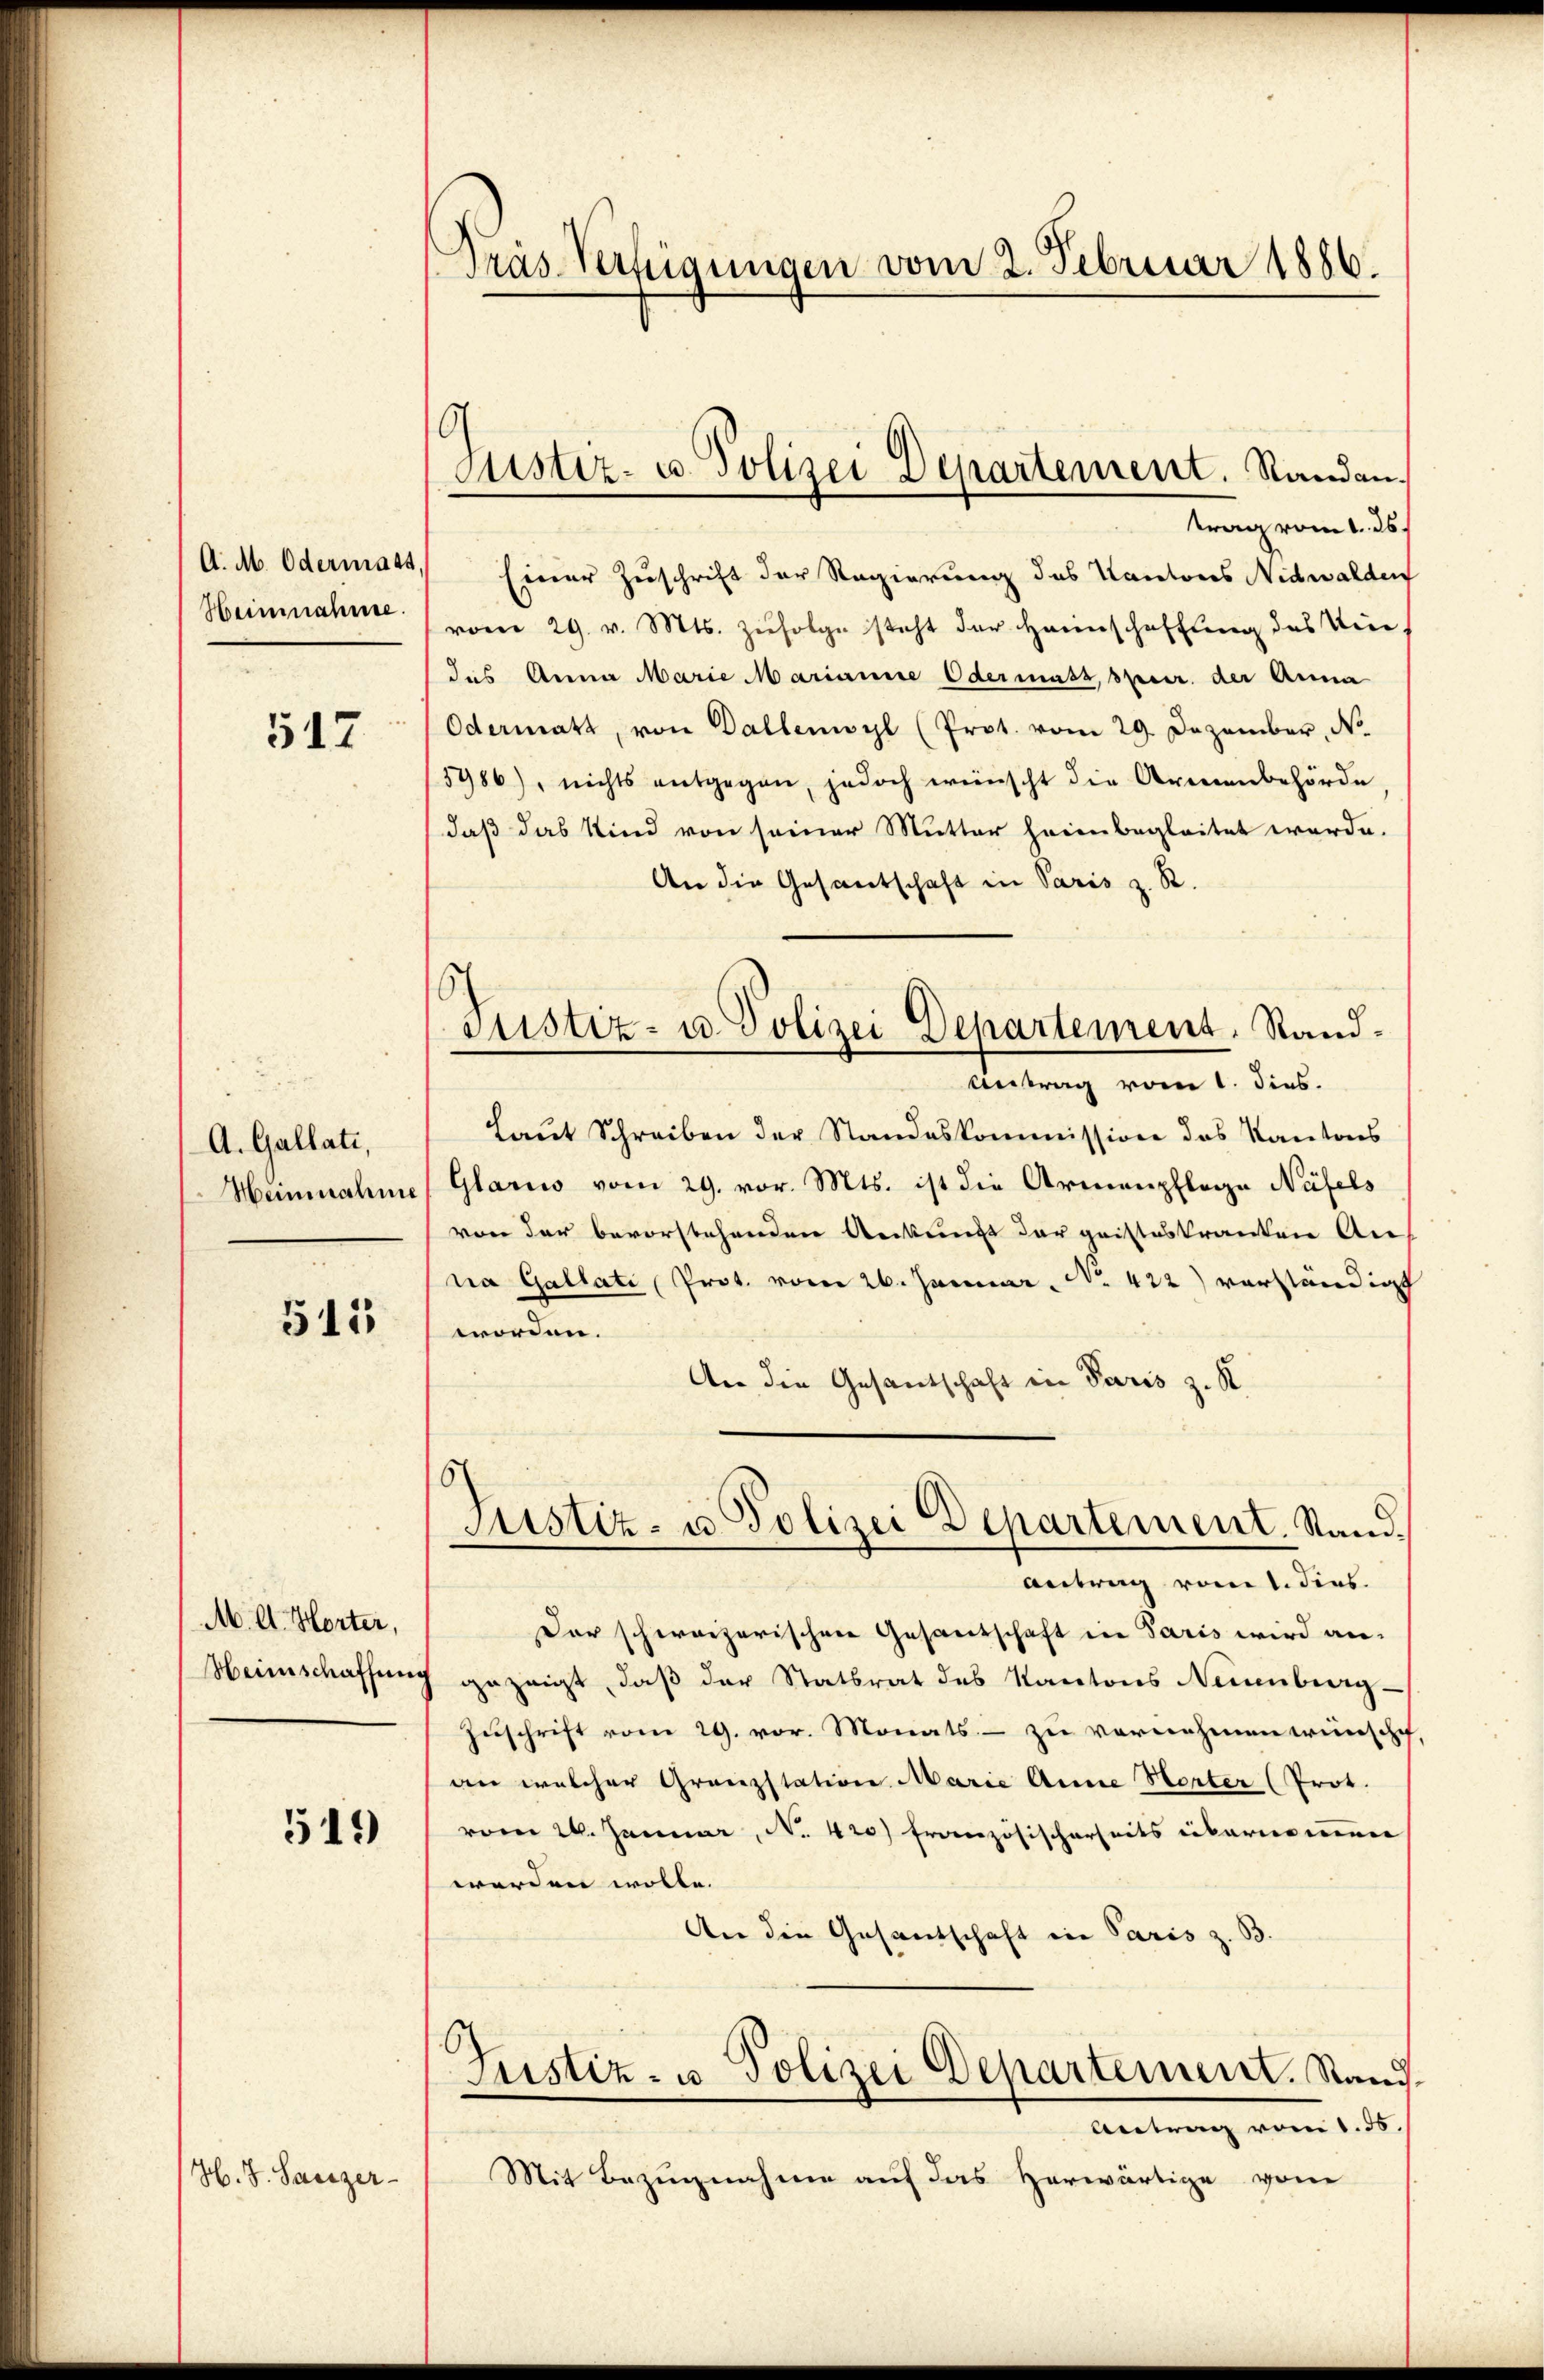
A. M. Odermass
Heimnahme.

517

A. Gallati,
Heinnahme

511

M. A. Horter,
Heimschaffen

519)

H. J. Lanzer-

Pras Verfügungen vom 2. Februar 1886.

Justiz- u. Polizei Departement. Randen.

Justiz- u. Polizei Departement, Rand¬

trag vom 1. ds.
Einer Zuschrift der Regierung des Kantons Nidwalden
vom 29. v. Mts. Zŭfolge steht der Hannschaffung des Weie
das Anna Marie Marianne Odermass, sper. der Anna
Odermatt, von Dallenwyl (Prot. vom 29. Dezember, N
5986), nichts entgegen, jedoch wünscht die Armenbehörde
daß das Kind von seiner Mutter heim begleitet werde.
An die Gesantschaft in Paris z. R.
Antrag vom 1. dies.
Laut Schreiben der Standeskommission das Kantons
Glarus vom 29. vor. Mts. ist die Armenpflege Näfels
von der bevorstehenden Ankunft der geisteskranten Anna Gallati Prot. vom 26. Januar, No. 422) verständigt
worden.
An die Gesandtschaft in Paris z. K
Justiz- u. Polizei Departement. Stand.
Antrag vom 1. dies
Der schweizerischen Gesandschaft in Paris wird an-
gezeigt, daß der Statsrat des Kantons Neuenburg-
Zuschrift vom 29. vor. Monats – zu vornehmen wünsche
an welcher Granzstation Marie Anne Horter (Prot.
vom 24. Januar, No. 420) Französischerheits übernomen
werden wolle.
An die Gesandschaft in Paris z. B
Justiz- u. Polizei Departement. Stand,
Antrag vom 1. 55.
Mit Bezugnahme auf das Herwärtige vom